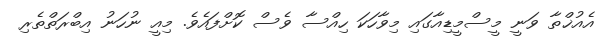
އެއުޚްތާ ވަނީ މީސްމީޑިއާގައި މިވާހަކަ ހިއްސާ ވެސް ކޮށްފައެވެ. މިއީ ނުހަނު އިބްރަތްތެރި